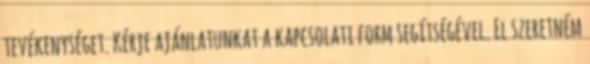
tevékenységet. Kérje ajánlatunkat a kapcsolati form segítségével. El szeretném